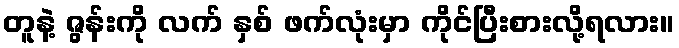
တူနဲ့ ဇွန်းကို လက် နှစ် ဖက်လုံးမှာ ကိုင်ပြီးစားလို့ရလား။